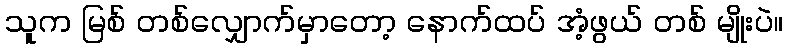
သူက မြစ် တစ်လျှောက်မှာတော့ နောက်ထပ် အံ့ဖွယ် တစ် မျိုးပဲ။